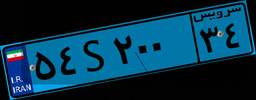
۸۰S۹۸۹۲۵